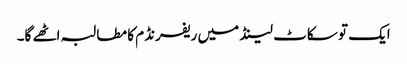
ایک تو سکاٹ لینڈ میں ریفرنڈم کا مطالبہ اٹھے گا۔